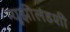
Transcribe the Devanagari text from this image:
न्यूझीलंडशी